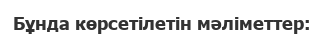
Бұнда көрсетілетін мәліметтер: